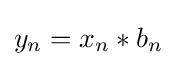
y_{n}=x_{n}*b_{n}